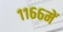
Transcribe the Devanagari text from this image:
११६६में